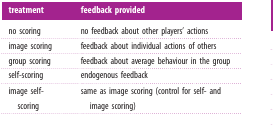
| treatment | feedback provided |
 | --- | --- |
 | no scoring | no feedback about other players' actions |
 | image scoring | feedback about individual actions of others |
 | group scoring | feedback about average behaviour in the group |
 | self-scoring | endogenous feedback |
 | image self-scoring | same as image scoring (control for self- and image scoring) |